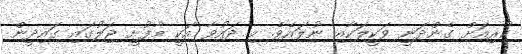
ކުރިއަށް ގެންދަނީ ވަކީލަކާއި ނުލައެވެ. މި ދައުވާ އަކީ މާފުށީ ޖަލުގައި ގައިދީން